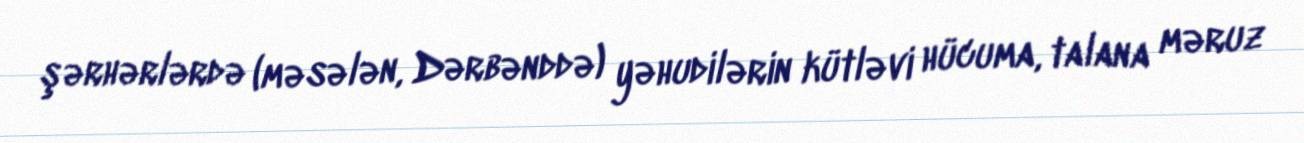
şərhərlərdə (məsələn, Dərbənddə) yəhudilərin kütləvi hücuma, talana məruz